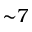
\mathord { \sim } 7